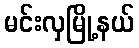
မင်းလှမြို့နယ်